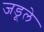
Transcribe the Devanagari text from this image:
जडूले